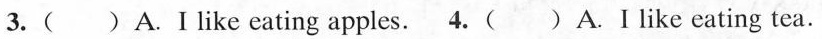
3.( )A.Ⅰ like eating apples. 4.( )A. I like eating tea.